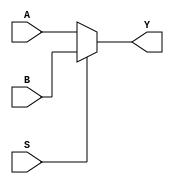
`timescale 1ns / 1ps
//////////////////////////////////////////////////////////////////////////////////
// Company: 
// Engineer: 
// 
// Design Name: 
// Module Name:    Mux4Bits_2Entradas 
// Project Name: 
// Target Devices: 
// Tool versions: 
// Description: 
//
// Dependencies: 
//
// Revision: 
// Revision 0.01 - File Created
// Additional Comments: 
//
//////////////////////////////////////////////////////////////////////////////////
module Mux4Bits_2Entradas(
    input [3:0] A,  //Entrada 0 de 4 bits
    input [3:0] B,  //Entrada 1 de 4 bits
    input S,		  //Entrada de seleccion de 1 bit
    output wire [3:0] Y  //Salida de data seleccionada de 4 bits
    );
	
	assign Y = (~S) ? A : B; 


endmodule